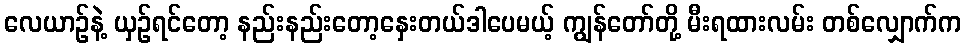
လေယာဉ်နဲ့ ယှဉ်ရင်တော့ နည်းနည်းတော့နှေးတယ်ဒါပေမယ့် ကျွန်တော်တို့ မီးရထားလမ်း တစ်လျှောက်က